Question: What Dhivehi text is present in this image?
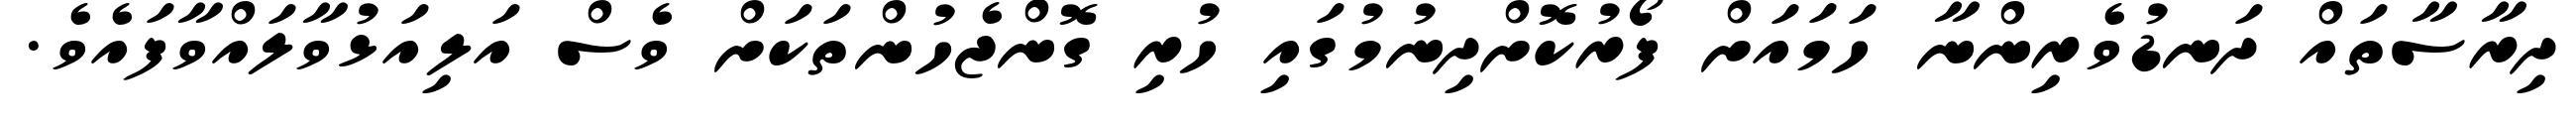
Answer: ދިރާސާތައް ދަނޑުވެރިންނާ ހަމައަށް ފޯރުކޮށްދިނުމުގައި ހުރި ގޮންޖެހުންތަކަށް ވެސް އަލިއަޅުވާލައްވާފައެވެ.